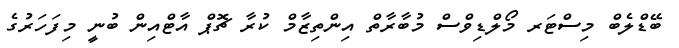
ބޭޑްލެބް މިސްޓަރ މޯލްޑިވްސް މުބާރާތް އިންތިޒާމް ކުރާ ޗޮޕް އާޓްއިން ބުނީ މިފަހަރުގެ